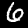
Digit: 6